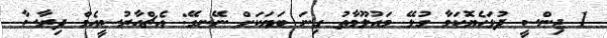
1 ޖިންސީ ދުޅަހެޔޮކަމާ ގުޅޭ މައުލޫމާތު ގިނަ ބަޔަކަށް ނޭނގޭ: އެޗްއާރުސީއެމް ދިރާސާ